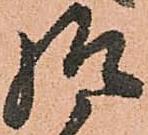
給